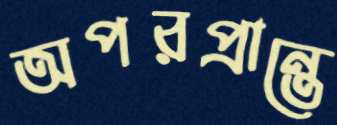
অপরপ্রান্তে